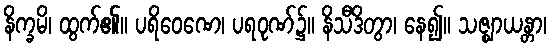
နိက္ခမိ၊ ထွက်၏။ ပရိဝေဏေ၊ ပရဝုဏ်၌။ နိသီဒိတွာ၊ နေ၍။ သဇ္ဈာယန္တာ၊